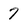
Character: 7